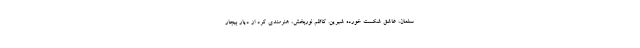
سلمان، عاشق شکست خورده شیرین. کاظم نوربخش، هنرمندی کرد از دیار بیجار